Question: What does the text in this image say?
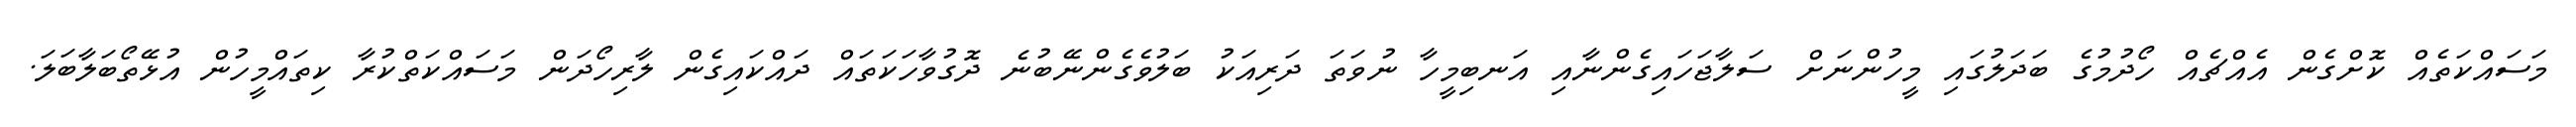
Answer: މަސައްކަތެއް ކޮށްގެން އެއްޗެއް ހޯދުމުގެ ބަދަލުގައި މީހުންނަށް ސަލާޖަހައިގެންނާއި އަނބިމީހާ ނުވަތަ ދަރިއަކު ބަލުވެގެންނޭބުނެ ދޮގުވާހަކަތައް ދައްކައިގެން ލާރިހޯދަން މަސައްކަތްކުރާ ކިތައްމީހުން އުޅޭތޯބަލާބަލަ.